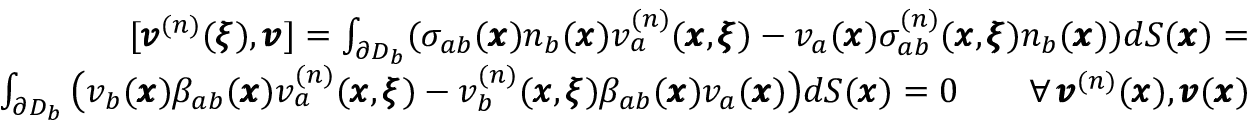
\begin{array} { r l r } & { } & { [ { \pmb v } ^ { ( n ) } ( { \pmb \xi } ) , { \pmb v } ] = \int _ { \partial D _ { b } } ( \sigma _ { a b } ( { \pmb x } ) n _ { b } ( { \pmb x } ) v _ { a } ^ { ( n ) } ( { \pmb x } , { \pmb \xi } ) - v _ { a } ( { \pmb x } ) \sigma _ { a b } ^ { ( n ) } ( { \pmb x } , { \pmb \xi } ) n _ { b } ( { \pmb x } ) ) d S ( { \pmb x } ) = } \\ & { } & { \int _ { \partial D _ { b } } \big ( v _ { b } ( { \pmb x } ) { \beta } _ { a b } ( { \pmb x } ) v _ { a } ^ { ( n ) } ( { \pmb x } , { \pmb \xi } ) - v _ { b } ^ { ( n ) } ( { \pmb x } , { \pmb \xi } ) { \beta } _ { a b } ( { \pmb x } ) v _ { a } ( { \pmb x } ) \big ) d S ( { \pmb x } ) = 0 \qquad { \forall \, { \pmb v } ^ { ( n ) } ( { \pmb x } ) , { \pmb v } ( { \pmb x } ) } } \end{array}